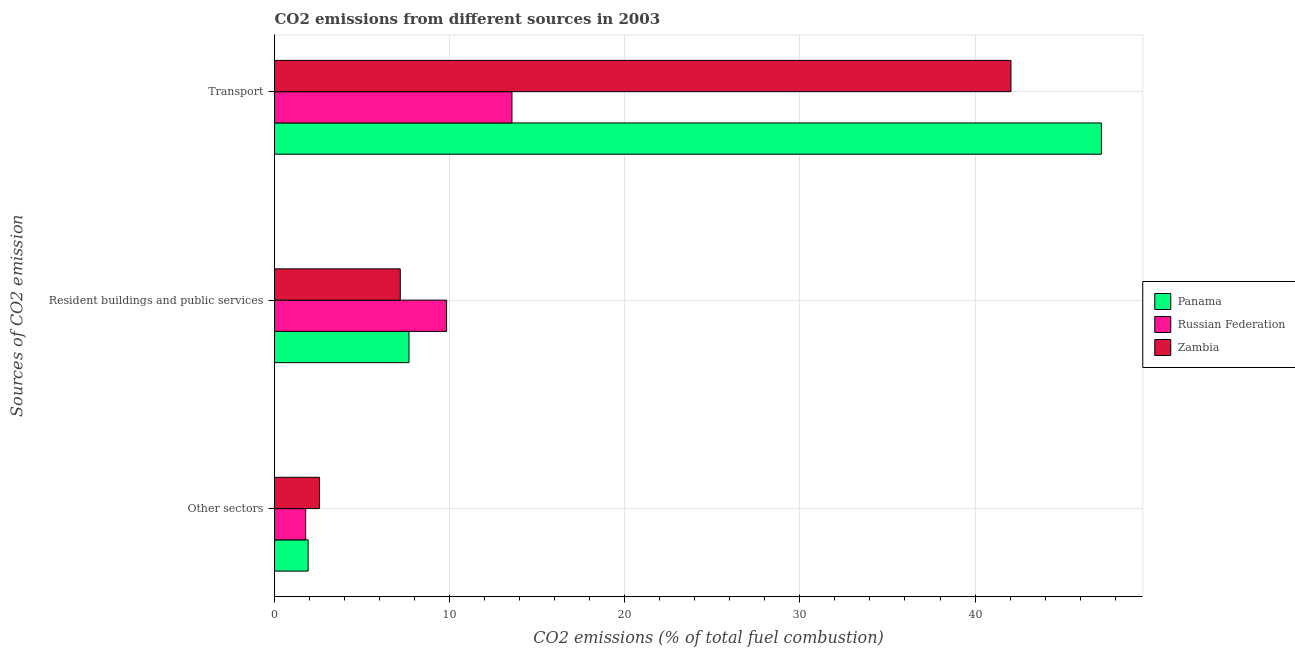
| Sources of CO2 emission | Panama | Russian Federation | Zambia |
 | --- | --- | --- | --- |
 | Other sectors | 1.92 | 1.78 | 2.56 |
 | Resident buildings and public services | 7.68 | 9.83 | 7.18 |
 | Transport | 47.2 | 13.6 | 42.1 |